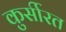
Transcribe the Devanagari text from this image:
कुर्सीरत